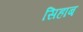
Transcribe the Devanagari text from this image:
सिहाब